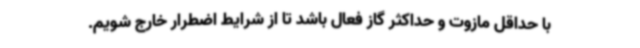
با حداقل مازوت و حداکثر گاز فعال باشد تا از شرایط اضطرار خارج شویم.